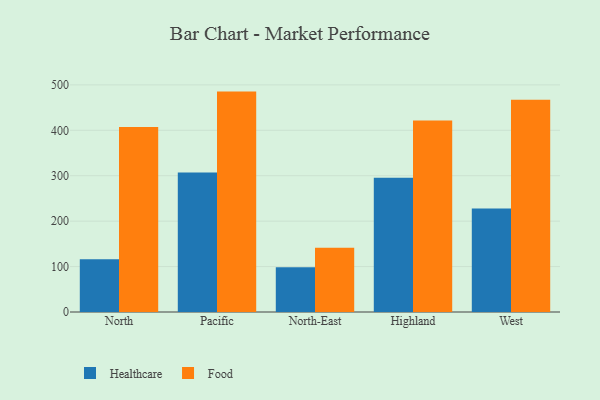
{"axis": {"x": "Region", "y": "Humidity (%)"}, "legend": ["Food", "Healthcare"], "data": [{"x": "North", "y": 115.9, "type": "Healthcare"}, {"x": "North", "y": 407.5, "type": "Food"}, {"x": "Pacific", "y": 307.2, "type": "Healthcare"}, {"x": "Pacific", "y": 485.2, "type": "Food"}, {"x": "North-East", "y": 98.3, "type": "Healthcare"}, {"x": "North-East", "y": 141.4, "type": "Food"}, {"x": "Highland", "y": 295.7, "type": "Healthcare"}, {"x": "Highland", "y": 421.5, "type": "Food"}, {"x": "West", "y": 227.9, "type": "Healthcare"}, {"x": "West", "y": 467.0, "type": "Food"}]}